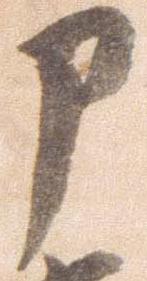
部